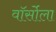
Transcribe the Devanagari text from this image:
वॉर्सोला